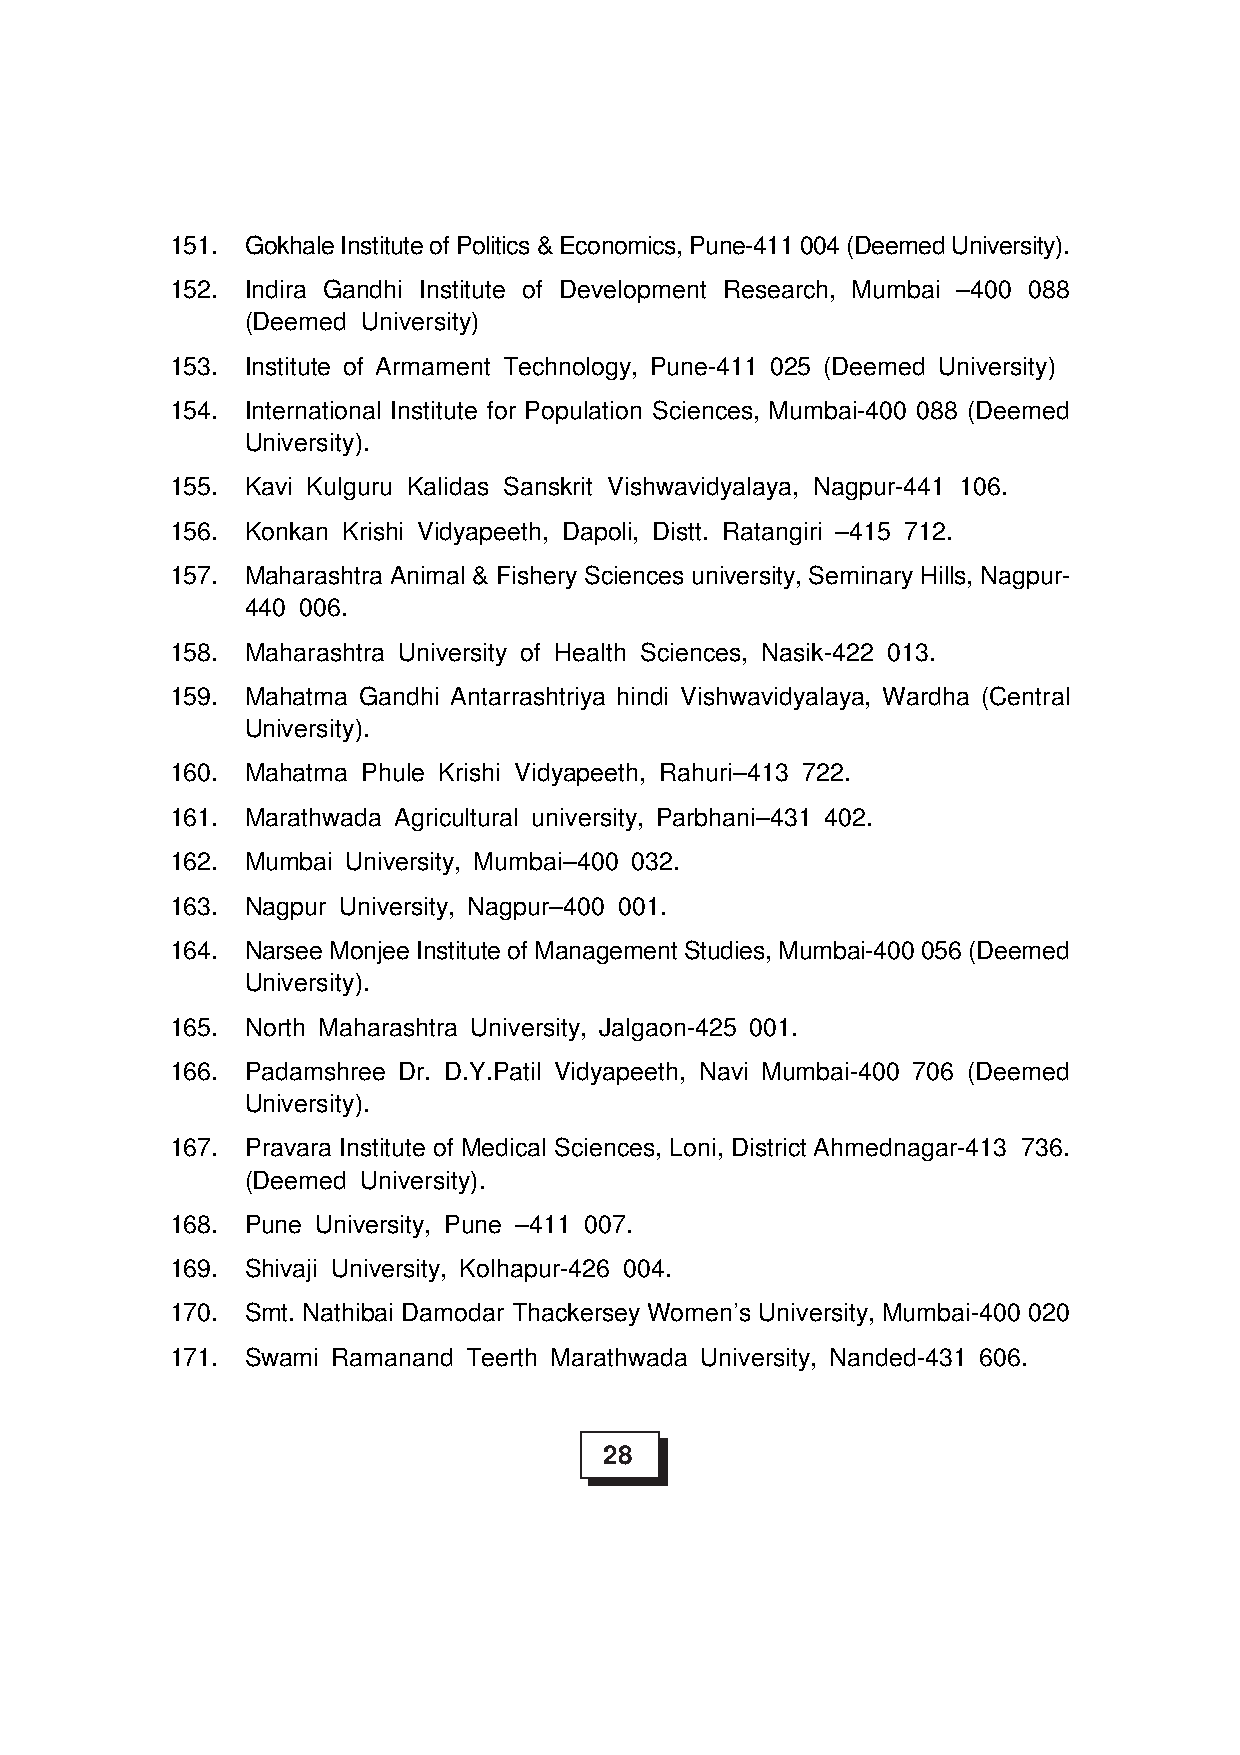
151. Gokhale Institute of Politics & Economics, Pune-411 004 (Deemed University).
 152. Indira Gandhi Institute of Development Research, Mumbai –400 088
 (Deemed University)
 153. Institute of Armament Technology, Pune-411 025 (Deemed University)
 154. International Institute for Population Sciences, Mumbai-400 088 (Deemed
 University).
 155. Kavi Kulguru Kalidas Sanskrit Vishwavidyalaya, Nagpur-441 106.
 156. Konkan Krishi Vidyapeeth, Dapoli, Distt. Ratangiri –415 712.
 157. Maharashtra Animal & Fishery Sciences university, Seminary Hills, Nagpur-
 440 006.
 158. Maharashtra University of Health Sciences, Nasik-422 013.
 159. Mahatma Gandhi Antarrashtriya hindi Vishwavidyalaya, Wardha (Central
 University).
 160. Mahatma Phule Krishi Vidyapeeth, Rahuri–413 722.
 161. Marathwada Agricultural university, Parbhani–431 402.
 162. Mumbai University, Mumbai–400 032.
 163. Nagpur University, Nagpur–400 001.
 164. Narsee Monjee Institute of Management Studies, Mumbai-400 056 (Deemed
 University).
 165. North Maharashtra University, Jalgaon-425 001.
 166. Padamshree Dr. D.Y.Patil Vidyapeeth, Navi Mumbai-400 706 (Deemed
 University).
 167. Pravara Institute of Medical Sciences, Loni, District Ahmednagar-413 736.
 (Deemed University).
 168. Pune University, Pune –411 007.
 169. Shivaji University, Kolhapur-426 004.
 170. Smt. Nathibai Damodar Thackersey Women’s University, Mumbai-400 020
 171. Swami Ramanand Teerth Marathwada University, Nanded-431 606.
 28